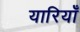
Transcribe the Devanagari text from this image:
यारियाँ